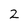
Character: 2